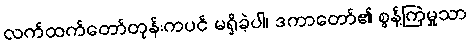
လက်ထက်တော်တုန်းကပင် မရှိခဲ့ပါ၊ ဒကာတော်၏ စွန့်ကြဲမှုသာ